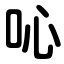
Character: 吣